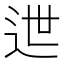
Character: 迣